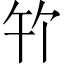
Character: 𪟳